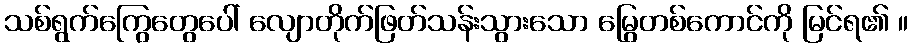
သစ်ရွက်ကြွေတွေပေါ် လျောတိုက်ဖြတ်သန်းသွားသော မြွေတစ်ကောင်ကို မြင်ရ၏ ။